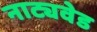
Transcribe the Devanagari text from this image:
नाट्यवेड